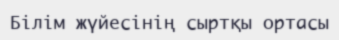
Білім жүйесінің сыртқы ортасы